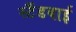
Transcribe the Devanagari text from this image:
स्‍टैंडबाई